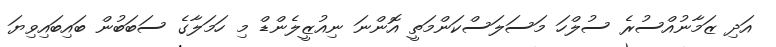
އަދި ޒަމާނުއްސުރެ ސުލްހަ މަސަލަސްކަންމަތީ އޮންނަ ނިއުޒީލެންޑް މި ހަމަލާގެ ސަބަބުން ބައިބައިވިޔަ